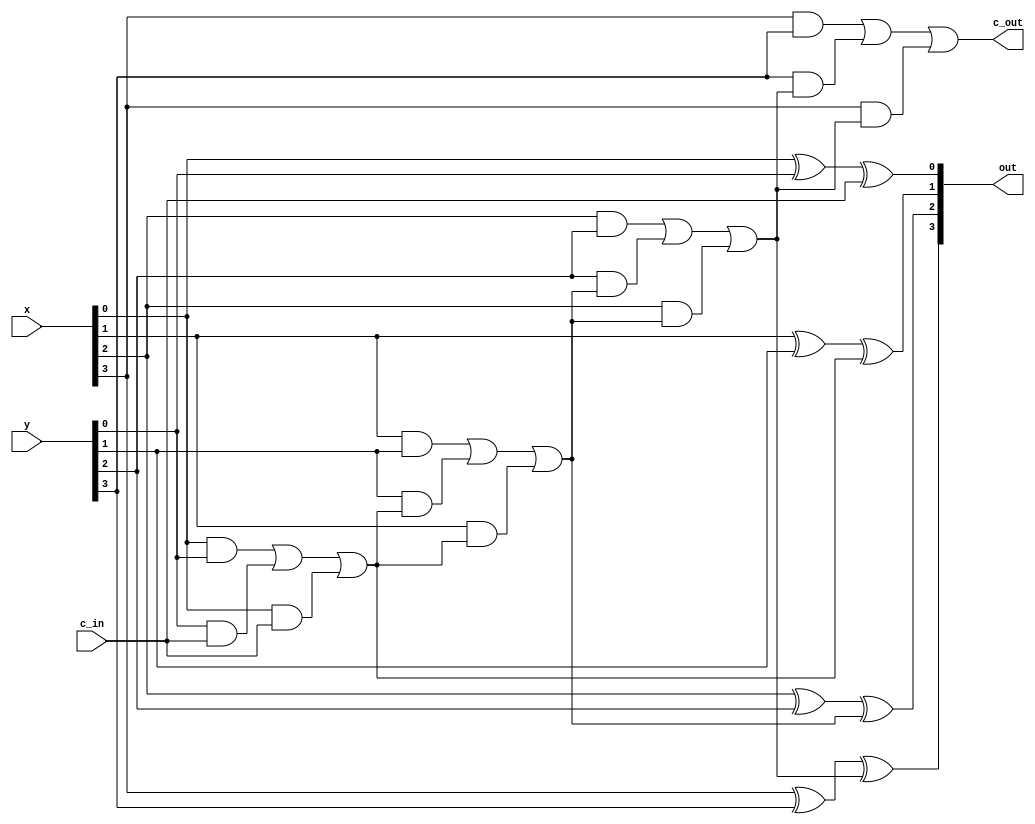
/* CSED273 lab5 experiment 1 */
/* lab5_1.v */

`timescale 1ps / 1fs

/* Implement adder 
 * You must not use Verilog arithmetic operators */
module adder(
    input [3:0] x,
    input [3:0] y,
    input c_in,             // Carry in
    output [3:0] out,
    output c_out            // Carry out
); 

    ////////////////////////
    wire c1, c2, c3;
    xor(out[0],x[0],y[0],c_in);
    or(c1,x[0]&y[0],y[0]&c_in,x[0]&c_in);

    xor(out[1],x[1],y[1],c1);
    or(c2,x[1]&y[1],y[1]&c1,x[1]&c1);
    
    xor(out[2],x[2],y[2],c2);
    or(c3,x[2]&y[2],y[2]&c2,x[2]&c2);
    
    xor(out[3],x[3],y[3],c3);
    or(c_out,x[3]&y[3],y[3]&c3,x[3]&c3);
    ////////////////////////

endmodule

/* Implement arithmeticUnit with adder module
 * You must use one adder module.
 * You must not use Verilog arithmetic operators */
module arithmeticUnit(
    input [3:0] x,
    input [3:0] y,
    input [2:0] select,
    output [3:0] out,
    output c_out            // Carry out
);

    ////////////////////////
    wire [3:0] a;
    or(a[3], select[2]&~y[3], select[1]&y[3]);
    or(a[2], select[2]&~y[2], select[1]&y[2]);
    or(a[1], select[2]&~y[1], select[1]&y[1]);
    or(a[0], select[2]&~y[0], select[1]&y[0]);
    
    adder a1(x,a,select[0],out,c_out);
    ////////////////////////

endmodule

/* Implement 4:1 mux */
module mux4to1(
    input [3:0] in,
    input [1:0] select,
    output out
);

    ////////////////////////
    wire [3:0] a;
    and(a[0],in[0], ~select[1]&~select[0]); 
    and(a[1],in[1], ~select[1]&select[0]); 
    and(a[2],in[2], select[1]&~select[0]); 
    and(a[3],in[3], select[1]&select[0]); 
    or(out, a[0], a[1], a[2], a[3]);
    ////////////////////////

endmodule

/* Implement logicUnit with mux4to1 */
module logicUnit(
    input [3:0] x,
    input [3:0] y,
    input [1:0] select,
    output [3:0] out
);

    ////////////////////////
    mux4to1 m1({~x[0],x[0]^y[0],x[0]|y[0],x[0]&y[0]},select,out[0]);
    mux4to1 m2({~x[1],x[1]^y[1],x[1]|y[1],x[1]&y[1]},select,out[1]);
    mux4to1 m3({~x[2],x[2]^y[2],x[2]|y[2],x[2]&y[2]},select,out[2]);
    mux4to1 m4({~x[3],x[3]^y[3],x[3]|y[3],x[3]&y[3]},select,out[3]);
    ////////////////////////

endmodule

/* Implement 2:1 mux */
module mux2to1(
    input [1:0] in,
    input  select,
    output out
);

    ////////////////////////
    or(out, in[1]&select, in[0]&~select);
    ////////////////////////

endmodule

/* Implement ALU with mux2to1 */
module lab5_1(
    input [3:0] x,
    input [3:0] y,
    input [3:0] select,
    output [3:0] out,
    output c_out            // Carry out
);

    ////////////////////////
    wire [3:0] out1;
    wire [3:0] out2;
    
    arithmeticUnit a1(x,y,{select[2], select[1], select[0]}, out1, c_out);
    logicUnit a2(x,y,{select[1], select[0]}, out2);
    
    mux2to1 m1({out2[3], out1[3]}, select[3], out[3]);
    mux2to1 m2({out2[2], out1[2]}, select[3], out[2]);
    mux2to1 m3({out2[1], out1[1]}, select[3], out[1]);
    mux2to1 m4({out2[0], out1[0]}, select[3], out[0]);
   
    ////////////////////////

endmodule